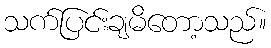
သက်ပြင်းချမိတော့သည်။